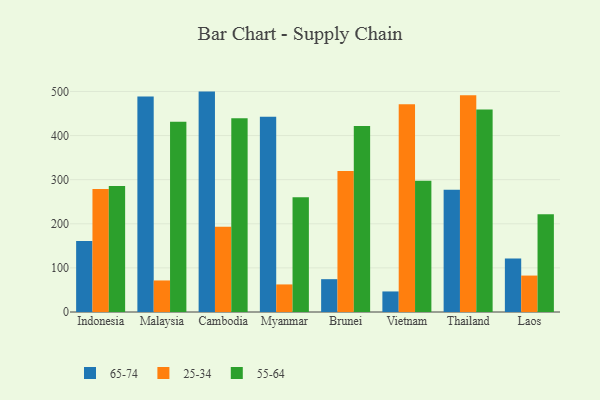
{"axis": {"x": "Country", "y": "Conversion Rate (%)"}, "legend": ["25-34", "55-64", "65-74"], "data": [{"x": "Indonesia", "y": 160.7, "type": "65-74"}, {"x": "Indonesia", "y": 278.6, "type": "25-34"}, {"x": "Indonesia", "y": 285.7, "type": "55-64"}, {"x": "Malaysia", "y": 488.6, "type": "65-74"}, {"x": "Malaysia", "y": 71.5, "type": "25-34"}, {"x": "Malaysia", "y": 431.3, "type": "55-64"}, {"x": "Cambodia", "y": 499.7, "type": "65-74"}, {"x": "Cambodia", "y": 193.2, "type": "25-34"}, {"x": "Cambodia", "y": 439.5, "type": "55-64"}, {"x": "Myanmar", "y": 442.8, "type": "65-74"}, {"x": "Myanmar", "y": 62.5, "type": "25-34"}, {"x": "Myanmar", "y": 260.3, "type": "55-64"}, {"x": "Brunei", "y": 74.4, "type": "65-74"}, {"x": "Brunei", "y": 319.7, "type": "25-34"}, {"x": "Brunei", "y": 421.5, "type": "55-64"}, {"x": "Vietnam", "y": 46.6, "type": "65-74"}, {"x": "Vietnam", "y": 470.8, "type": "25-34"}, {"x": "Vietnam", "y": 297.8, "type": "55-64"}, {"x": "Thailand", "y": 276.9, "type": "65-74"}, {"x": "Thailand", "y": 491.4, "type": "25-34"}, {"x": "Thailand", "y": 459.1, "type": "55-64"}, {"x": "Laos", "y": 121.5, "type": "65-74"}, {"x": "Laos", "y": 82.6, "type": "25-34"}, {"x": "Laos", "y": 221.9, "type": "55-64"}]}